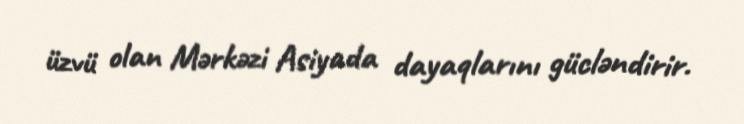
üzvü olan Mərkəzi Asiyada dayaqlarını gücləndirir.